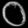
Digit: ၀